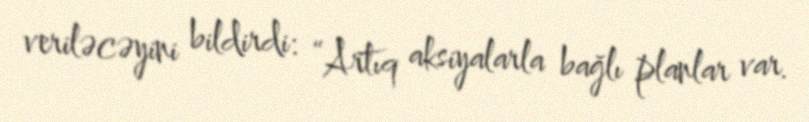
veriləcəyini bildirdi: “Artıq aksiyalarla bağlı planlar var.